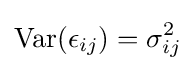
{\textrm {Var}}(\epsilon _{ij})=\sigma _{ij}^{2}